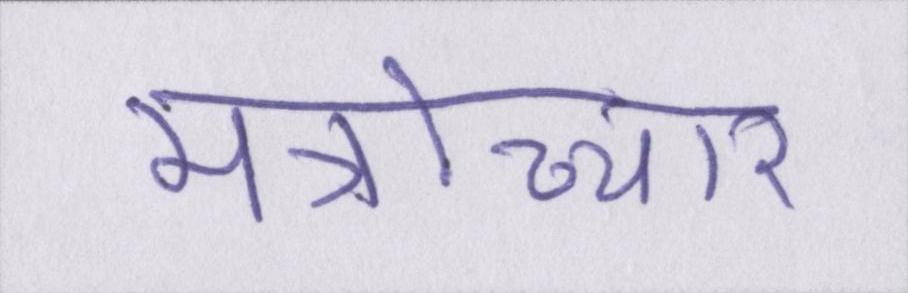
मंत्रोच्चार